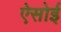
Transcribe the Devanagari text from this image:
ऐसोई